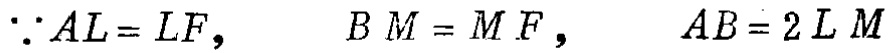
\(\because AL = LF,\ \ \ BM = MF,\ \ \ AB = 2LM\)